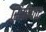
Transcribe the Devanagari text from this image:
सिपीघाट